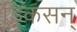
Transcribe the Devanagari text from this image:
डिकसन्